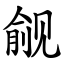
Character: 觎